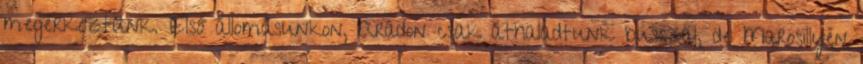
megérkeztünk. Első állomásunkon, Aradon csak áthaladtunk busszal, de Marosillyén